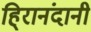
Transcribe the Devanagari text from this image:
हि्रानंदानी